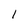
Character: l